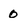
Character: 0